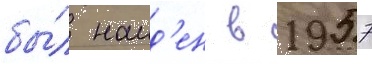
бы́л наид'ен в 1957